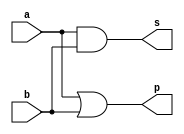
// -------------------------
// Exemplo0031 - F4
// Nome: Davidson Francis
// -------------------------


// -------------------------
// f4_gate
// -------------------------

module f4 (output [3:0] s, output [3:0] p,
            input  [3:0] a,
            input  [3:0] b);
  assign s = a & b;
  assign p = a | b;
endmodule


module test_f4;

// ------------------------- definir dados
reg [3:0] x;
reg [3:0] y;
wire [3:0] z;
wire [3:0] w;

f4 modulo (z,w,  x,y);

// ------------------------- parte principal
initial begin
  $display("Exemplo0031 - Davidson Francis - 466499");
  $display("Test LU's module");
  
  x = 4'b0011;
  y = 4'b0101;

  #1 $display("%3b & %3b = %3b",x,y,z);
  #1 $display("%3b | %3b = %3b",x,y,w);
end
endmodule